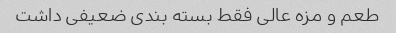
طعم و مزه عالی فقط بسته بندی ضعیفی داشت